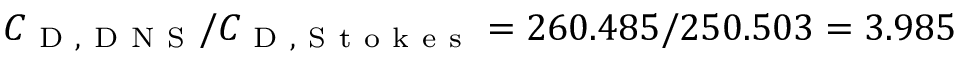
C _ { \mathrm { ~ D ~ , ~ D ~ N ~ S ~ } } / C _ { \mathrm { ~ D ~ , ~ S ~ t ~ o ~ k ~ e ~ s ~ } } = 2 6 0 . 4 8 5 / 2 5 0 . 5 0 3 = 3 . 9 8 5